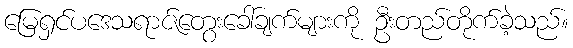
မြေရှင်ပဒေသရာဇ်တွေးခေါ်ချက်များကို ဦးတည်တိုက်ခဲ့သည်။